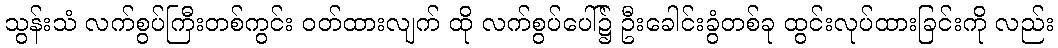
သွန်းသံ လက်စွပ်ကြီးတစ်ကွင်း ဝတ်ထားလျက် ထို လက်စွပ်ပေါ်၌ ဦးခေါင်းခွံတစ်ခု ထွင်းလုပ်ထားခြင်းကို လည်း